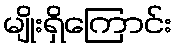
မျိုးရှိကြောင်း